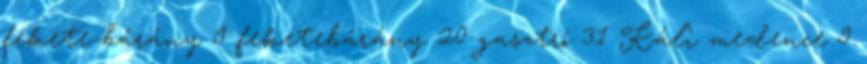
fekete-bárány 9 feketebárány 20 gasztró 31 Káli medence 9